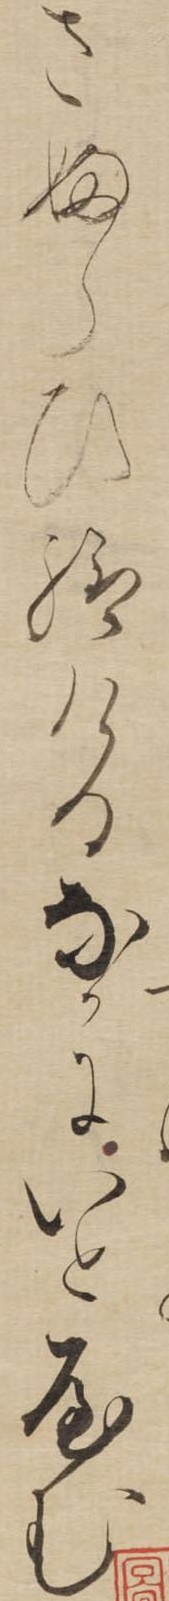
さふらひ給けるなかにいとやむ